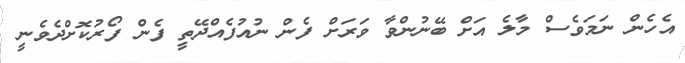
އެހެން ނަމަވެސް މާލެ އަށް ބޭނުންވާ ވަރަށް ފެން ނުއުފެއްދޭތީ ފެން ފޯރުކޮށްދެވެނީ